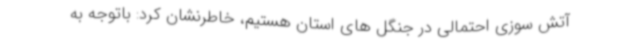
آتش سوزی احتمالی در جنگل های استان هستیم، خاطرنشان کرد: باتوجه به